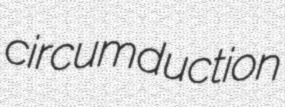
circumduction